Annual report on the Civil Veterinary Department, Burma (including the Insein Veterinary School) - 1923-1931
Year: 1923
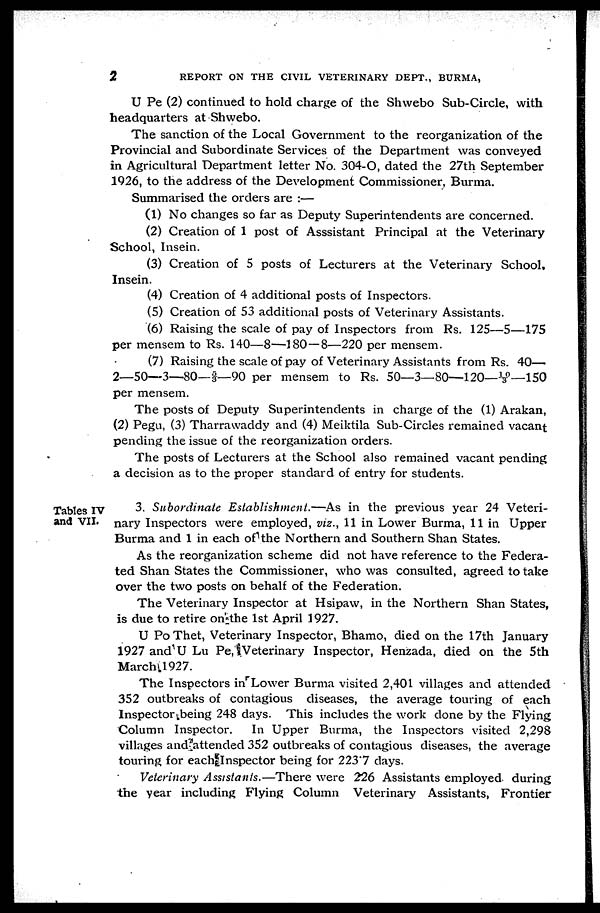
2
REPORT ON THE CIVIL VETERINARY DEPT., BURMA,
U Pe (2) continued to hold charge of the Shwebo Sub-Circle, with
headquarters at Shwebo.
The sanction of the Local Government to the reorganization of the
Provincial and Subordinate Services of the Department was conveyed
in Agricultural Department letter No. 304-O, dated the 27th September
1926, to the address of the Development Commissioner, Burma.
Summarised the orders are :—
(1) No changes so far as Deputy Superintendents are concerned.
(2) Creation of 1 post of Asssistant Principal at the Veterinary
School, Insein.
(3) Creation of 5 posts of Lecturers at the Veterinary School,
Insein.
(4) Creation of 4 additional posts of Inspectors.
(5) Creation of 53 additional posts of Veterinary Assistants.
(6) Raising the scale of pay of Inspectors from Rs. 125—5—175
per mensem to Rs. 140—8—180 — 8—220 per mensem.
(7) Raising the scale of pay of Veterinary Assistants from Rs. 40—
2—50—3—80—5/3—90 per mensem to Rs. 50—3—80—120—10/3—150
per mensem.
The posts of Deputy Superintendents in charge of the (1) Arakan,
(2) Pegu, (3) Tharrawaddy and (4) Meiktila Sub-Circles remained vacant
pending the issue of the reorganization orders.
The posts of Lecturers at the School also remained vacant pending
a decision as to the proper standard of entry for students.
Tables IV
and VII.
3. Subordinate Establishment.—As in the previous year 24 Veteri-
nary Inspectors were employed, viz., 11 in Lower Burma, 11 in Upper
Burma and 1 in each of the Northern and Southern Shan States.
As the reorganization scheme did not have reference to the Federa-
ted Shan States the Commissioner, who was consulted, agreed to take
over the two posts on behalf of the Federation.
The Veterinary Inspector at Hsipaw, in the Northern Shan States,
is due to retire on the 1st April 1927.
U Po Thet, Veterinary Inspector, Bhamo, died on the 17th January
1927 and U Lu Pe, Veterinary Inspector, Henzada, died on the 5th
March 1927.
The Inspectors in Lower Burma visited 2,401 villages and attended
352 outbreaks of contagious diseases, the average touring of each
Inspector being 248 days. This includes the work done by the Flying
Column Inspector.
In Upper Burma, the Inspectors visited 2,298
villages and attended 352 outbreaks of contagious diseases, the average
touring for each Inspector being for 223.7 days.
Veterinary Assistants.—There were 226 Assistants employed during
the year including Flying Column Veterinary Assistants, Frontier